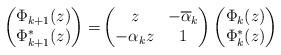
LaTeX: \begin{align*}\begin{pmatrix}\Phi_{k+1} (z) \\\Phi_{k+1}^*(z)\end{pmatrix}= & \begin{pmatrix}z & - \overline{\alpha}_k \\- \alpha_k z & 1\end{pmatrix}\begin{pmatrix}\Phi_{k} (z) \\\Phi_{k}^*(z)\end{pmatrix}\end{align*}